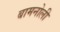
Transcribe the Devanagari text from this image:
बामनोली